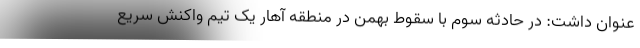
عنوان داشت: در حادثه سوم با سقوط بهمن در منطقه آهار یک تیم واکنش سریع